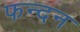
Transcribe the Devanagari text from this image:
फन्दन